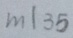
m \vert 3 5